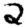
Digit: 2